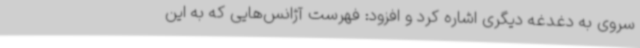
سروی به دغدغه دیگری اشاره کرد و افزود: فهرست آژانس‌هایی که به این